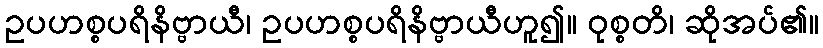
ဥပဟစ္စပရိနိဗ္ဗာယီ၊ ဥပဟစ္စပရိနိဗ္ဗာယီဟူ၍။ ဝုစ္စတိ၊ ဆိုအပ်၏။